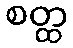
စတ္ထ